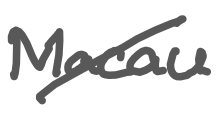
Text: Macau
Cross-out: diagonal
Writing tool: digital_gray